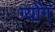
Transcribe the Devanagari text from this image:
ग्योंग